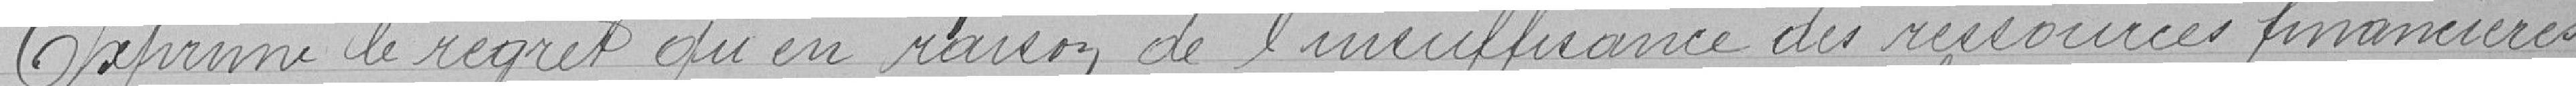
Exprime le regret qu'en raison de l'insuffisance des ressources financières